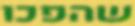
שהפכו